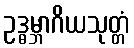
ဥဒ္ဓမ္ဘာဂိယသုတ္တံ